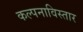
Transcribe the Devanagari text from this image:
कल्पनाविस्तार